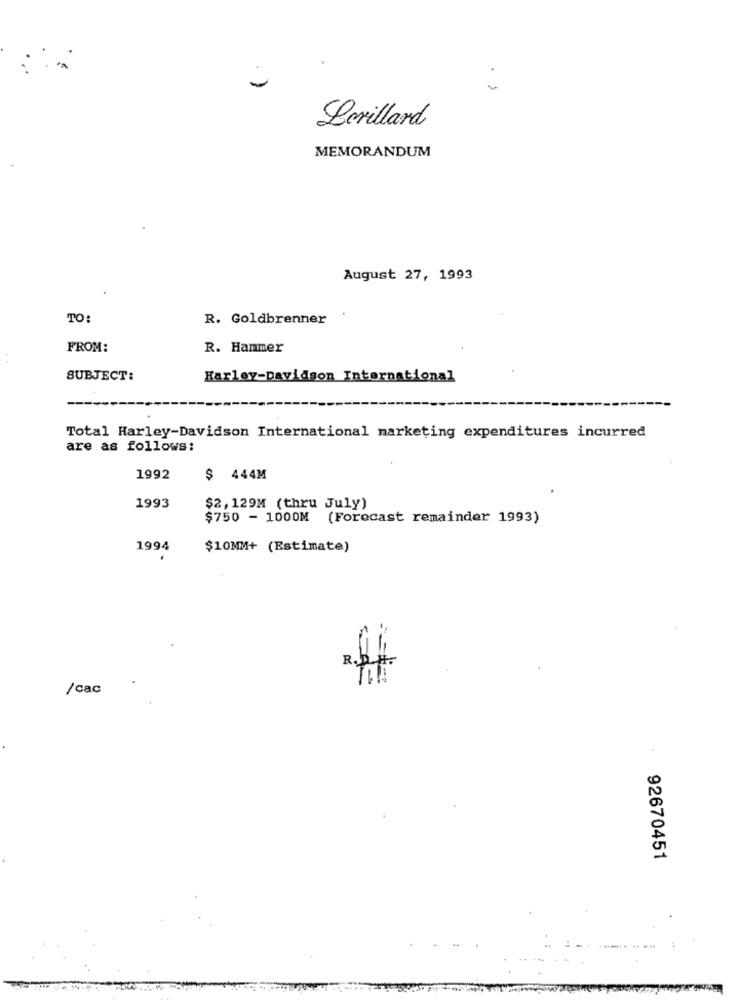
Lorillard
MEMORANDUM
August 27, 1993
TO:
R. Goldbrenner
FROM:
R. Hammer
SUBJECT:
Harley-Davidson International
Total Harley-Davidson International marketing expenditures incurred
are as follows:
1992
$ 444M
1993
$2, 129M (thru July)
$750 - 1000M
(Forecast remainder 1993)
1994
$10MM+ (Estimate)
R. R#
/cac
92670451